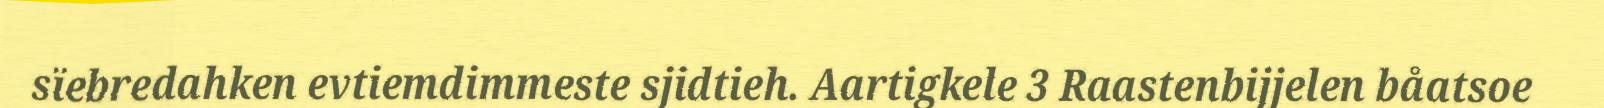
sïebredahken evtiemdimmeste sjidtieh. Aartigkele 3 Raastenbijjelen båatsoe